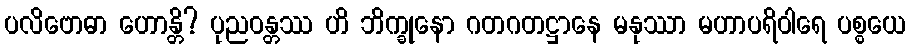
ပလိဗောဓာ ဟောန္တိ? ပုညဝန္တဿ ဟိ ဘိက္ခုနော ဂတဂတဋ္ဌာနေ မနုဿာ မဟာပရိဝါရေ ပစ္စယေ